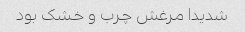
شدیدا مرغش چرب و خشک بود